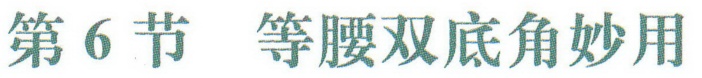
第6节 等腰双底角妙用